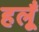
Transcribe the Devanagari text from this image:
हलूँ